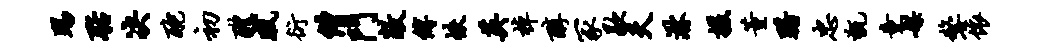
踢聒决酡初醴戚衍僧门敞缚帙英棹醇冢歇夫淋援董躇忠甑童媒嫠依